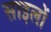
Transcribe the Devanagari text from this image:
साइलों